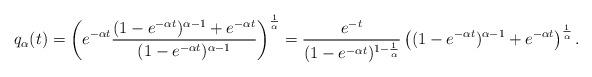
LaTeX: \begin{align*}q_\alpha(t) = \left(e^{- \alpha t}\dfrac{(1-e^{- \alpha t})^{\alpha -1}+e^{-\alpha t}}{(1-e^{-\alpha t})^{\alpha - 1}}\right)^{\frac{1}{\alpha}}& = \dfrac{e^{-t}}{(1-e^{-\alpha t})^{1- \frac{1}{\alpha}}} \left( (1-e^{- \alpha t})^{\alpha -1}+e^{-\alpha t} \right)^{\frac{1}{\alpha}}.\end{align*}